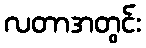
လတာအတွင်း